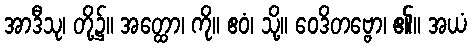
အာဒီသု၊ တို့၌။ အတ္ထော၊ ကို။ ဧဝံ၊ သို့။ ဝေဒိတဗ္ဗော၊ ၏။ အယံ